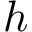
h